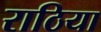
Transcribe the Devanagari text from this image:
राठिया